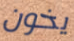
يخون